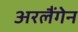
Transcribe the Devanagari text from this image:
अरलैंगेन